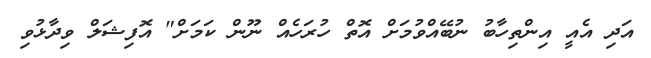
އަދި އެއީ އިންތިހާބު ނުބޭއްވުމަށް އޮތް ހުރަހެއް ނޫން ކަމަށް" އޮފިޝަލް ވިދާޅުވި